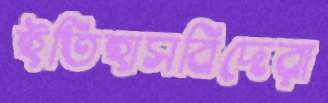
ইতিহাসবিদেরা